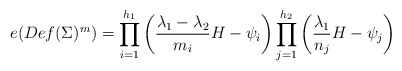
\begin{align*} e(Def(\Sigma)^m) =\prod_{i=1}^{h_1}\left({\lambda_1-\lambda_2\over m_i}H -\psi_i\right) \prod_{j=1}^{h_2}\left({\lambda_1\over n_j}H -\psi_j\right)\end{align*}